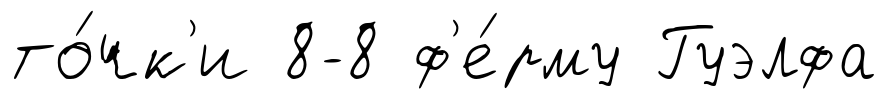
то́чк'и 8-8 ф'е́рму Гуэлфа